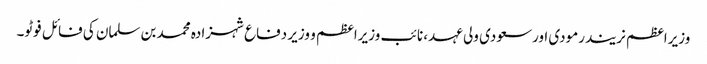
وزیراعظم نریندرمودی اورسعودی ولی عہد، نائب وزیراعظم و وزیر دفاع شہزادہ محمد بن سلمان کی فائل فوٹو۔